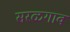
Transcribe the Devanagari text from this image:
सरळगाव